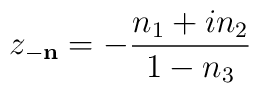
z_{-{\bf n}} = - \frac{n_1 + i n_2}{1 - n_3}